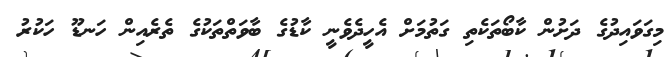
މިގަވައިދުގެ ދަށުން ކާބޯތަކެތި ގަތުމަށް އެހީދެވެނީ ކާޑުގެ ބާވަތްތަކުގެ ތެރެއިން ހަނޑޫ ހަކުރު